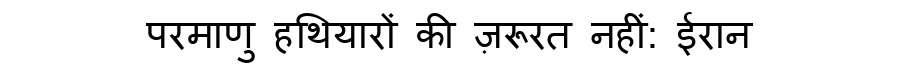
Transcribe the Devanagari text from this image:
परमाणु हथियारों की ज़रूरत नहीं: ईरान